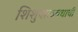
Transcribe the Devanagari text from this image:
शिशुपाळवधाची